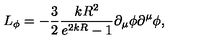
L _ { \phi } = - \frac { 3 } { 2 } \frac { k R ^ { 2 } } { e ^ { 2 k R } - 1 } \partial _ { \mu } \phi \partial ^ { \mu } \phi ,